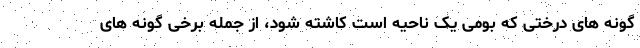
گونه های درختی که بومی یک ناحیه است کاشته شود، از جمله برخی گونه های